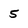
Character: 5